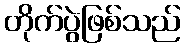
တိုက်ပွဲဖြစ်သည်